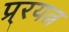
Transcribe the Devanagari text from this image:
प्र्रयत्न